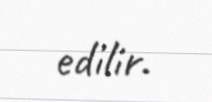
edilir.